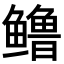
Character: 𬶳